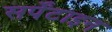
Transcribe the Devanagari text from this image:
सर्पेंटाइन